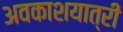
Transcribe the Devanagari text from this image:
अवकाशयात्री